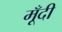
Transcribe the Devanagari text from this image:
मूँदी